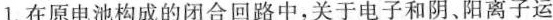
1.在原电池构成的闭合回路中，关于电子和阴、阳离子运